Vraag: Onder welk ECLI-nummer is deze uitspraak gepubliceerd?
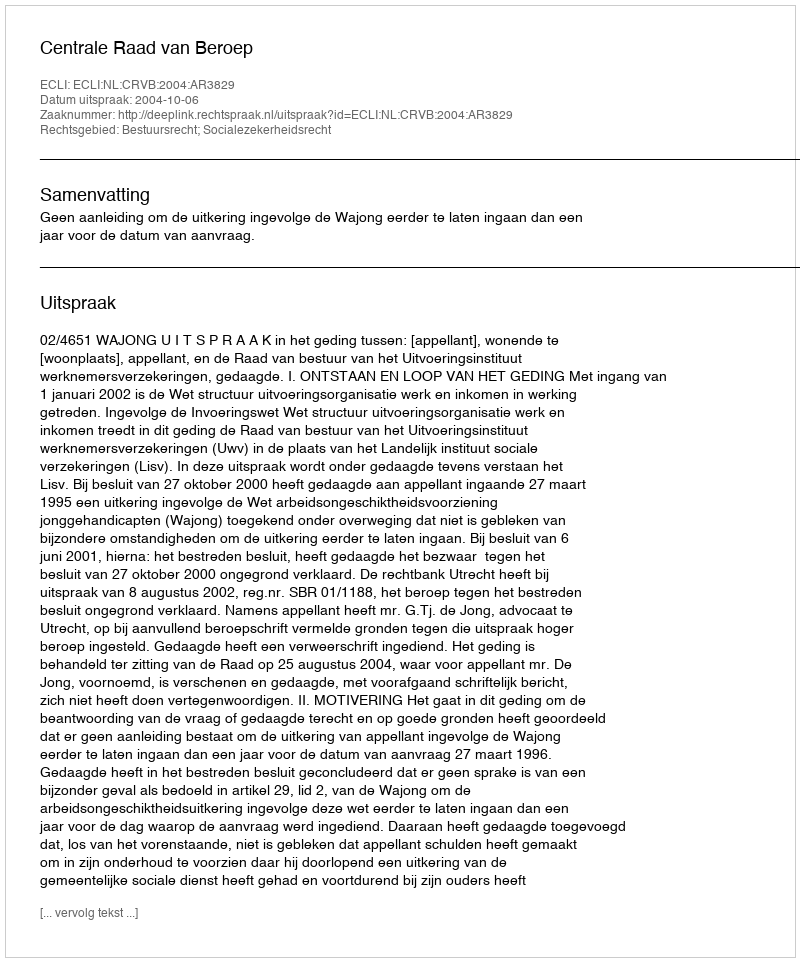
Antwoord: ECLI:NL:CRVB:2004:AR3829